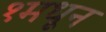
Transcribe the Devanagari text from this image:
१मधून